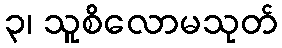
၃၊ သူစိလောမသုတ်